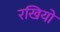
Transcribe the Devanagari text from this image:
रखियो